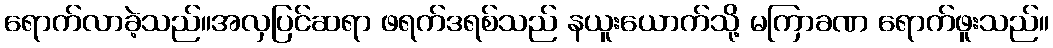
ရောက်လာခဲ့သည်။အလှပြင်ဆရာ ဖရက်ဒရစ်သည် နယူးယောက်သို့ မကြာခဏ ရောက်ဖူးသည်။